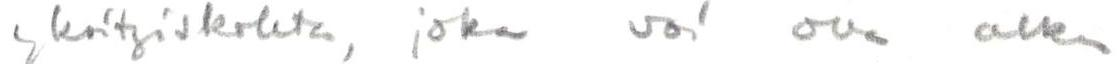
yksityiskohta, joka voi olla alku